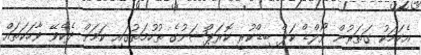
އެކަމަކު ގަތަރުން ވޯލްޑް ކަޕް ބިޑްކުރީ ކޮރަޕްޝަނުގެ ތުހުމަތުގައި ކަމަށް ދެކެވޭ ވާހަކަތައް